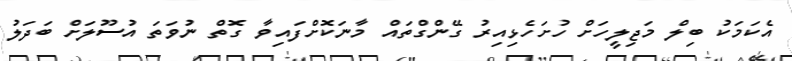
އެކަމަކު ބިލް މަޖިލީހަށް ހުށަހެޅިއިރު ގޭންގްތައް މާނަކޮށްފައިވާ ގޮތް ނުވަތަ އުސޫލަށް ބަދަލު